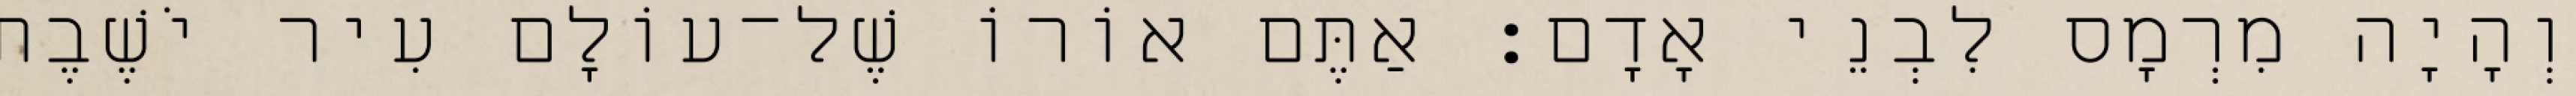
וְהָיָה מִרְמָס לִבְנֵי אָדָם׃ אַתֶּם אוֹרוֹ שֶׁל־עוֹלָם עִיר יֹשֶׁבֶת